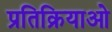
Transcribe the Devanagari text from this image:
प्रतिक्रियाओ